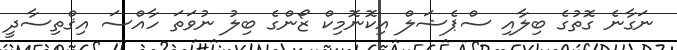
ނަގާނެ ގޮތުގެ ބިލާއި ސްޕެޝަލް އިކޮނޮމިކް ޒޯންގެ ބިލު ނުވަތަ ހާއްސަ އިޤްތިސާދީ